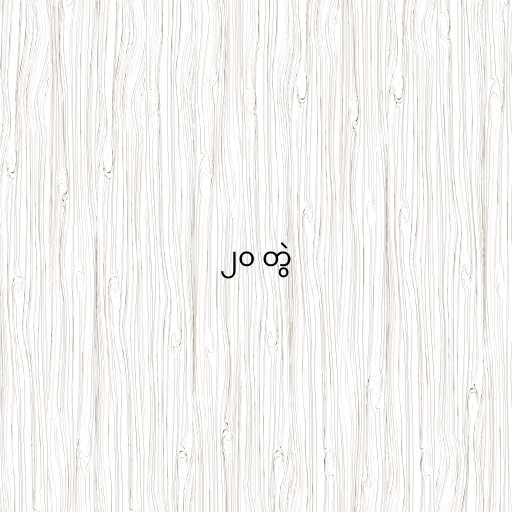
၂၀ တွဲ